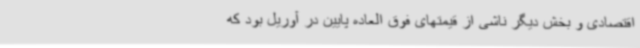
اقتصادی و بخش دیگر ناشی از قیمتهای فوق العاده پایین در آوریل بود که